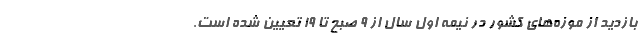
بازدید از موزه‌های کشور در نیمه اول سال از ۹ صبح تا ۱۹ تعیین شده است.